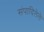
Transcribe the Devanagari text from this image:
संपादिलेले